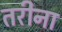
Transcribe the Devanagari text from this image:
तरीना